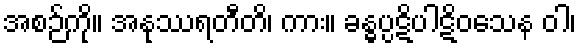
အစဉ်ကို။ အနုဿရတီတိ၊ ကား။ ခန္ဓပ္ပဋိပါဋိဝသေန ဝါ၊